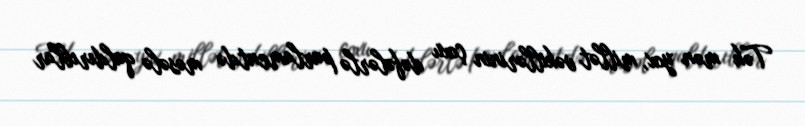
Tək mən yox, millət vəkillərinin çoxu dəfələrlə parlamentdə məsələ qaldırıblar